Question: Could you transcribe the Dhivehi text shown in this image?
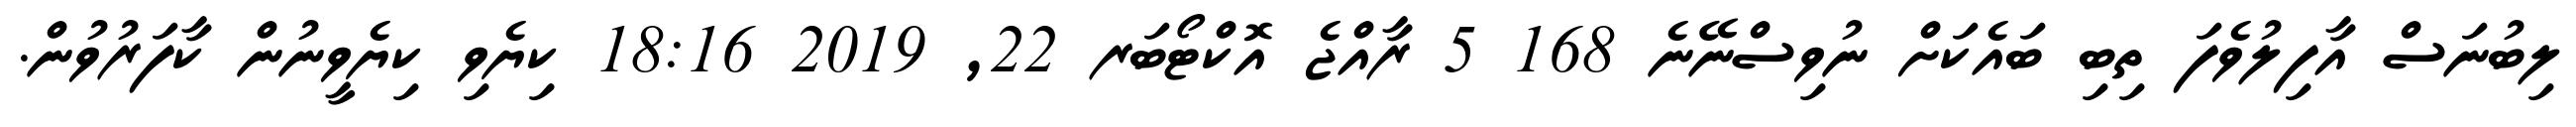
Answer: ލިބުނަސް އާފިލުވެފަ ތިބި ބައެކަށް ނުވިސްނޭނެ 168 5 ރާއްޖެ އޮކްޓޯބަރ 22, 2019 18:16 ކިޔެވި ކިޔެވީނުން ކާފަރުވުން.